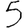
Digit: 5